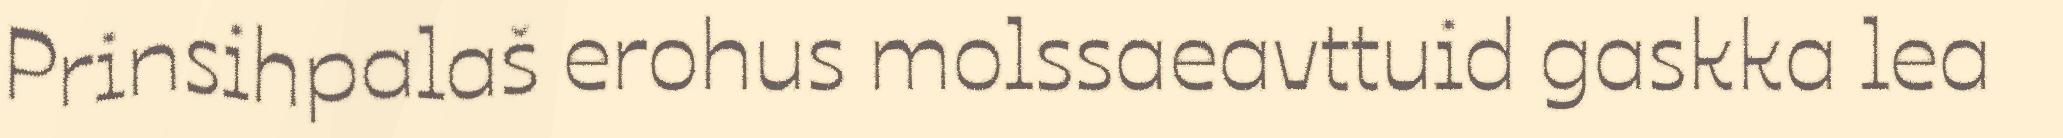
Prinsihpalaš erohus molssaeavttuid gaskka lea